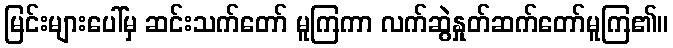
မြင်းများပေါ်မှ ဆင်းသက်တော် မူကြကာ လက်ဆွဲနှုတ်ဆက်တော်မူကြ၏။